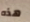
هذه